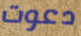
دعوت